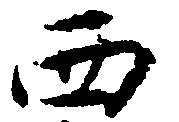
西